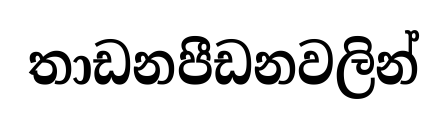
තාඩනපීඩනවලින්